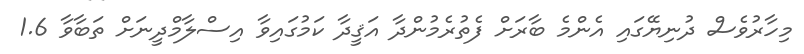
މިހާރުވެސް ދުނިޔޭގައި އެންމެ ބާރަށް ފެތުރެމުންދާ އަޤީދާ ކަމުގައިވާ އިސްލާމްދީނަށް ތަބާވާ 1.6